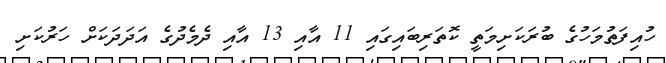
ހުއިފަތުމަހުގެ ބުރަކަށިމަތީ ކޮތަރިބައިގައި 11 އާއި 13 އާއި ދެމެދުގެ އަދަދަކަށް ހަރުކަށި